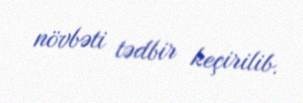
növbəti tədbir keçirilib.